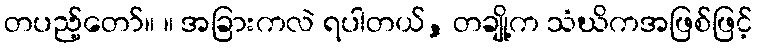
တပည့်တော်။ ။ အခြားကလဲ ရပါတယ်, တချို့က သံဃိကအဖြစ်ဖြင့်